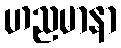
ဟညမာနာ